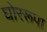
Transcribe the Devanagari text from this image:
घोररूपा